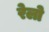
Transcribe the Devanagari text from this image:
रेलो